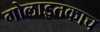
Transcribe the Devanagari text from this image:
गोलाइतकाच